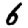
Digit: 6